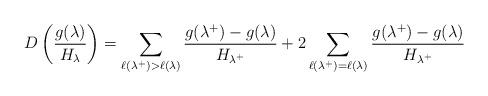
LaTeX: \begin{align*}D\left(\frac{g(\lambda)}{H_{{\lambda}}}\right)=\sum\limits_{{\ell(\lambda^+)>\ell(\lambda)}}\frac{g(\lambda^+)-g(\lambda)}{H_{{\lambda^{+}}}}+2\sum\limits_{{\ell(\lambda^+)=\ell(\lambda)}}\frac{g(\lambda^+)-g(\lambda)}{H_{{\lambda^+}}}\end{align*}